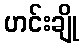
ဟင်းချို